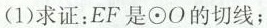
(1)求证：EF是⊙O的切线；